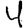
Digit: 4